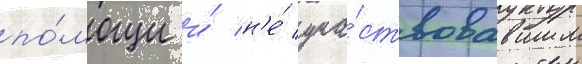
по́мощи и́ н'е́ уча́ствовавшим